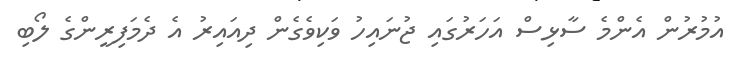
އުމުރުން އެންމެ ސާޅިސް އަހަރުގައި ޖުނައިހު ވަކިވެގެން ދިއައިރު އެ ދެމަފިރީންގެ ލޯބި